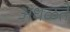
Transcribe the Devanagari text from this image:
अधळते